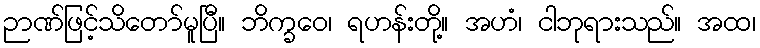
ဉာဏ်ဖြင့်သိတော်မူပြီ။ ဘိက္ခဝေ၊ ရဟန်းတို့။ အဟံ၊ ငါဘုရားသည်။ အထ၊